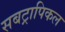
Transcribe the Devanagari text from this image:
सबट्रापिकल